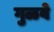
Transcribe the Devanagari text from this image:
गुळवे